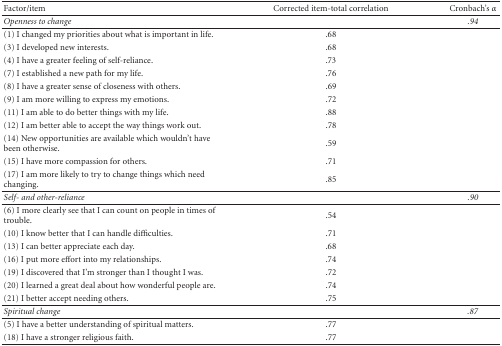
<table><thead><tr><td><b>Factor/item</b></td><td><b>Corrected item-total correlation</b></td><td><b>Cronbach&#x27;s <i>α</i></b></td></tr></thead><tbody><tr><td><i>Openness to change</i></td><td></td><td><i>.94</i></td></tr><tr><td>(1) I changed my priorities about what is important in life.</td><td>.68</td><td></td></tr><tr><td>(3) I developed new interests.</td><td>.68</td><td></td></tr><tr><td>(4) I have a greater feeling of self-reliance.</td><td>.73</td><td></td></tr><tr><td>(7) I established a new path for my life.</td><td>.76</td><td></td></tr><tr><td>(8) I have a greater sense of closeness with others.</td><td>.69</td><td></td></tr><tr><td>(9) I am more willing to express my emotions.</td><td>.72</td><td></td></tr><tr><td>(11) I am able to do better things with my life.</td><td>.88</td><td></td></tr><tr><td>(12) I am better able to accept the way things work out.</td><td>.78</td><td></td></tr><tr><td>(14) New opportunities are available which wouldn&#x27;t have been otherwise.</td><td>.59</td><td></td></tr><tr><td>(15) I have more compassion for others.</td><td>.71</td><td></td></tr><tr><td>(17) I am more likely to try to change things which need changing.</td><td>.85</td><td></td></tr><tr><td><i>Self- and other-reliance</i></td><td></td><td><i>.90</i></td></tr><tr><td>(6) I more clearly see that I can count on people in times of trouble.</td><td>.54</td><td></td></tr><tr><td>(10) I know better that I can handle difficulties.</td><td>.71</td><td></td></tr><tr><td>(13) I can better appreciate each day.</td><td>.68</td><td></td></tr><tr><td>(16) I put more effort into my relationships.</td><td>.74</td><td></td></tr><tr><td>(19) I discovered that I&#x27;m stronger than I thought I was.</td><td>.72</td><td></td></tr><tr><td>(20) I learned a great deal about how wonderful people are.</td><td>.74</td><td></td></tr><tr><td>(21) I better accept needing others.</td><td>.75</td><td></td></tr><tr><td><i>Spiritual change</i></td><td></td><td><i>.87</i></td></tr><tr><td>(5) I have a better understanding of spiritual matters.</td><td>.77</td><td></td></tr><tr><td>(18) I have a stronger religious faith.</td><td>.77</td><td></td></tr></tbody></table>